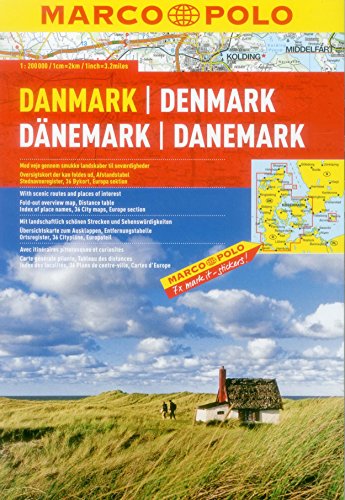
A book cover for Denmark Marco Polo Road Atlas; Marco Polo Travel; Travel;